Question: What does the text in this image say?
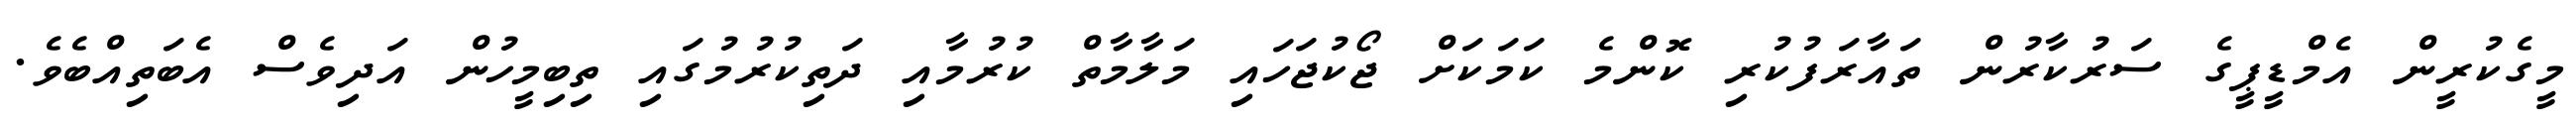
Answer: މީގެކުރީން އެމްޑީޕީގެ ސަރުކާރުން ތައާރަފުކުރި ކޮންމެ ކަމަކަށް ޖޯކުޖަހައި މަލާމާތް ކުރުމާއި ދަތިކުރުމުގައި ތިބިމީހުން އަދިވެސް އެބަތިއްބެވެ.